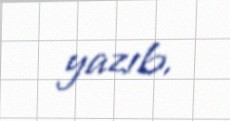
yazıb.